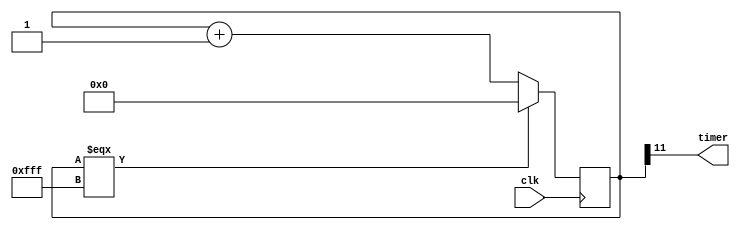
module time_updater
(
    input wire clk,
    output wire timer
);

    reg [11:0] cnt;
    assign timer = cnt[11];

    always @(posedge clk)
    begin
        cnt <= (cnt === {12{1'b1}}) ? 12'h0 : cnt + 12'h1;
    end

endmodule